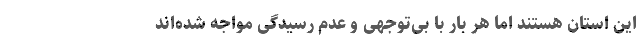
این استان هستند اما هر بار با بی‌توجهی و عدم رسیدگی مواجه شده‌اند